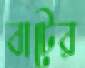
বাটের